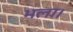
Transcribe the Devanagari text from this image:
भला।